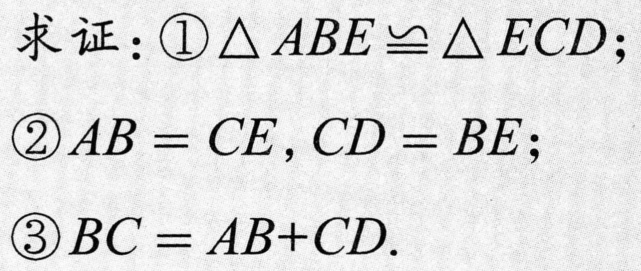
求证：\textcircled{1}\(\triangle ABE\cong\triangle ECD\)；
\textcircled{2}\(AB = CE, CD = BE\)；
\textcircled{3}\(BC = AB + CD\).